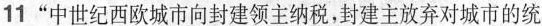
11”中世纪西欧城市向封建领主纳税，封建主放弃对城市的统